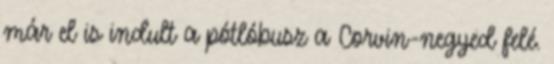
már el is indult a pótlóbusz a Corvin-negyed felé.